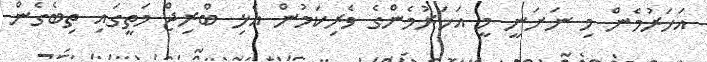
އަހަރުމެން މި ނަށަނީ މީ އަހަރުމެންގެ ވެރިކަމުން އެޅި ބްރިޖް މަތީގައި ތިބެގެން